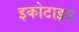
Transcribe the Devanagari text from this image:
इकोटाइप